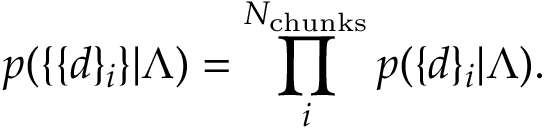
p ( \{ \{ d \} _ { i } \} | \Lambda ) = \prod _ { i } ^ { N _ { \mathrm { c h u n k s } } } p ( \{ d \} _ { i } | \Lambda ) .